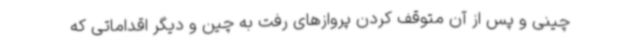
چینی و پس از آن متوقف کردن پروازهای رفت به چین و دیگر اقداماتی که